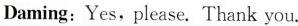
Daming:Yes, please. Thank you.